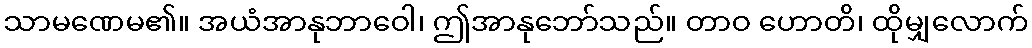
သာမဏေမ၏။ အယံအာနုဘာဝေါ၊ ဤအာနုဘော်သည်။ တာဝ ဟောတိ၊ ထိုမျှလောက်